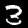
Digit: 3